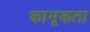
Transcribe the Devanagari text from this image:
कामूकता